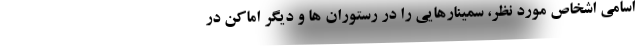
اسامی اشخاص مورد نظر، سمینارهایی را در رستوران ها و دیگر اماکن در